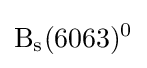
{\rm {B_{s}(6063)^{0}}}